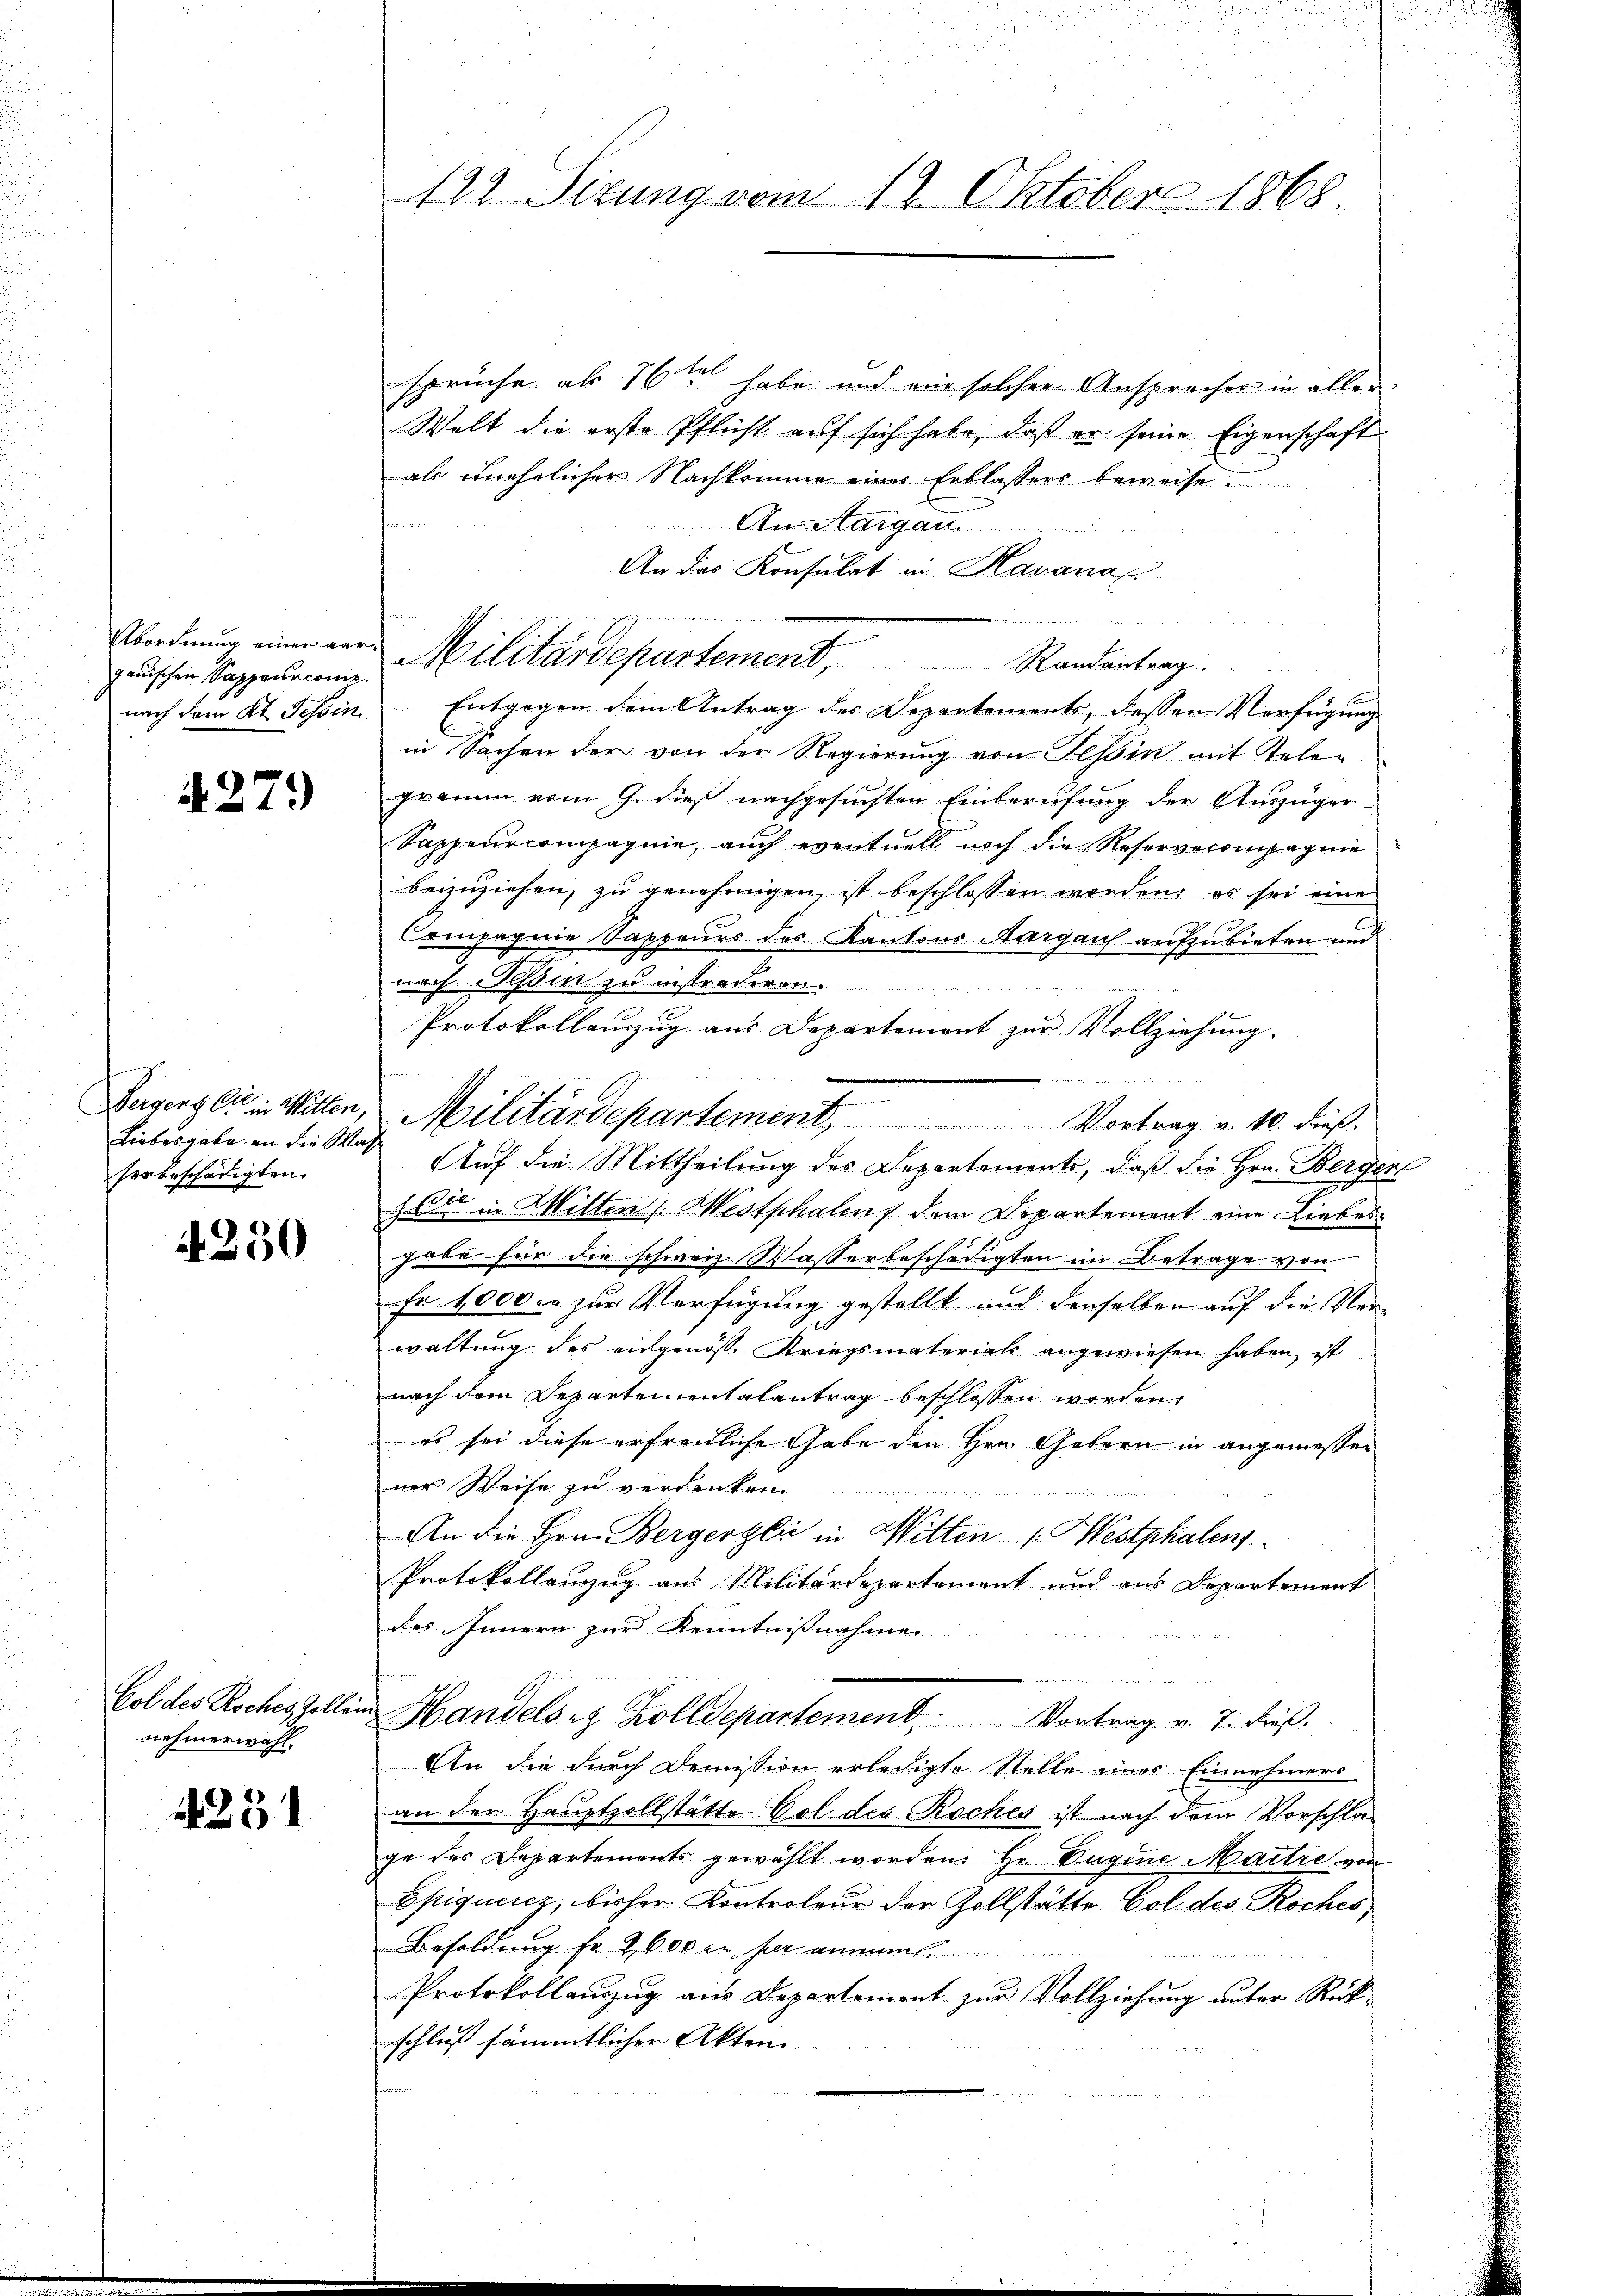
gauischen Sappeurcons
nach dem Kt. Tessin

4279

Dergers Gut in Witten,
Liebesgabe an die Mag
herbeschädigten

4250

Col des Roches Gellen
nehmerwahl.

1254

122. Sizung vom 19. Oktober 1868.

sprüche ab 16ten habe und ein solcher Ansprecher in aller
Welt die erste Pflicht auf sich habe, daß er seine Eigenschaft
als unehelicher Nachkomme einer Erblassers beweise
An Aargau
An das Konsulat in Havanas
.
Abordnung einer der Militärdepartement, Randantrag.
Entgegen dem Antrag des Departements, dessen Verfügung
in Sachen der von der Regierung von Tessin mit Telegramm vom 9. dieß nachgesuchten Einberufung der Auszüger¬
Sappeurcompagnie, auch eventuell noch die Reservecompagnie
beizuziehen, zu genehmigen, ist beschlossen worden, es sei eine
Compagnie Sappeurs des Kantons Aargaus aufzubieten und
nach Jesu zu instenderen
Protokollauszug aus Departenient zŭr Vollziehung.
d

Auf die Mittheilung des Departements, daß die Hrn. Bergen
Ei in Mitten /: Mestphalens dem Departement eine Liebes
gabe für die schweiz. Wasserbeschädigten im Betrage von
Fr. 1000 c. zur Verfügung gestellt und denselben auf die Ver-
waltung des eingenosse Kriegsmaterials angewiesen haben, ist
nach dem Departementalantrag beschlossen worden,
es sei diese erfreiliche Gabe den Hrn. Gebern in angemessen
ner Weise zu verdanken.

An die Hrn. Bergerger in Witten 1. Westphalenz
Protokollenzug aus Militärdepartement und aus Departement
des Innern zur Kenntnißnahme
fondernennen.
in Handelseg Zolldepartemend Vortrag v. 7. dieß.
An die durch Demission erledigte Stelle eines Einnehmers
an der Hauptzollstätte Col des Rocher ist nach dem Vorschlage des Departements gewählt worden Hr. Eugene Maitre von
Epiquerez, bisher Kontroleur der Zollstätte Col des Roches
Besoldung Fr. 2, 600 in hier annamt
Protokollauszug aus Departement zur Vollziehung unter Rück-
schluß sämmtlicher Akten.

e

s
Militärdepartement, Vortrag v. 10. dieß.